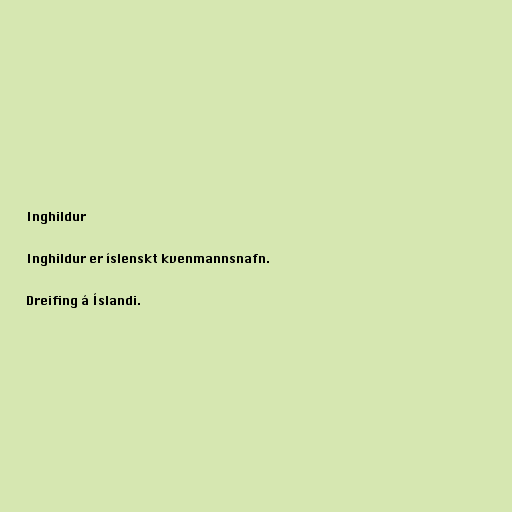
Inghildur

Inghildur er íslenskt kvenmannsnafn.

Dreifing á Íslandi.